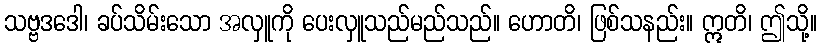
သဗ္ဗဒဒေါ၊ ခပ်သိမ်းသော အလှူကို ပေးလှူသည်မည်သည်။ ဟောတိ၊ ဖြစ်သနည်း။ ဣတိ၊ ဤသို့။